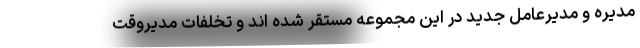
مدیره و مدیرعامل جدید در این مجموعه مستقر شده اند و تخلفات مدیروقت